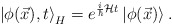
\begin{align*}\left| \phi (\vec{x}),t\right> _{H}=e^{\frac{i}{\hbar }{\cal {H}}t}\left| \phi (\vec{x})\right> .\end{align*}